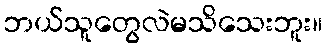
ဘယ်သူတွေလဲမသိသေးဘူး။